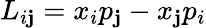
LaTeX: L_{i\mathbf{j}}=x_{i}p_{\mathbf{j}}-x_{\mathbf{j}}p_{i}